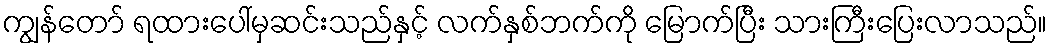
ကျွန်တော် ရထားပေါ်မှဆင်းသည်နှင့် လက်နှစ်ဘက်ကို မြောက်ပြီး သားကြီးပြေးလာသည်။